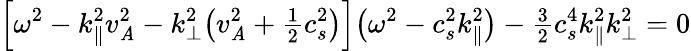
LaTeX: \Big[\omega^{2}-k_{\| }^{2}v_{\mathit{A}}^{2}-k_{\perp}^{2}\big(v_{\mathit{A}}^{2}+{\textstyle\frac{{1}}{{2}}}c_{s}^{2}\big)\Big]\big(\omega^{2}-c_{s}^{2}k_{\| }^{2}\big)-{\textstyle\frac{{3}}{{2}}}c_{s}^{4}k_{\| }^{2}k_{\perp}^{2}=0